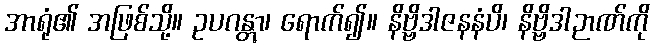
အာရုံ၏ အဖြစ်သို့။ ဥပဂန္တွာ၊ ရောက်၍။ နိဗ္ဗိဒါဇနနံပိ၊ နိဗ္ဗိဒါဉာဏ်ကို